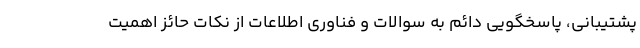
پشتیبانی، پاسخگویی دائم به سوالات و فناوری اطلاعات از نکات حائز اهمیت